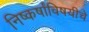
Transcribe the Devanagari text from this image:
निष्कर्षांविषयीचे